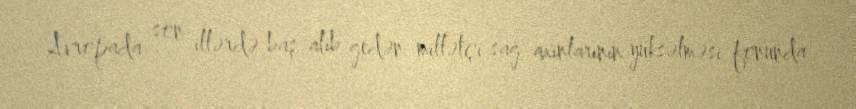
Avropada son illərdə baş alıb gedən millətçi sağ axınlarının yüksəlməsi fonunda